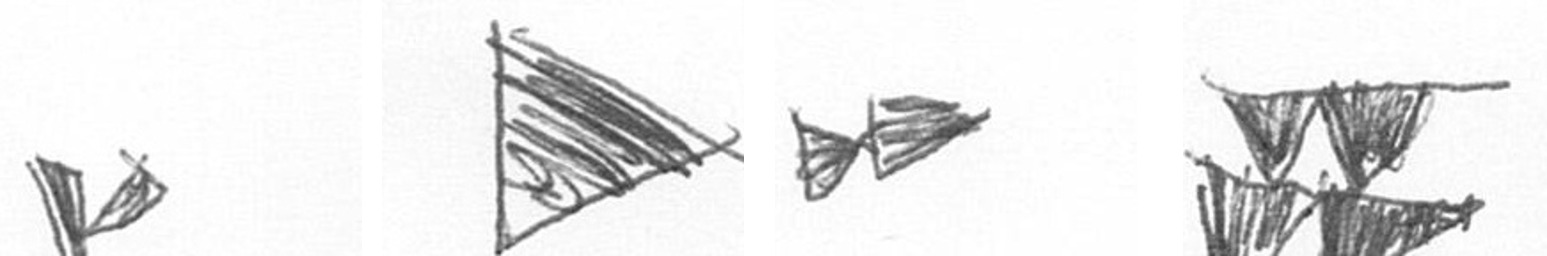
F T A B